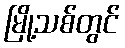
မြို့သစ်တွင်